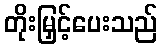
တိုးမြှင့်ပေးသည်